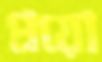
প্রয়ো